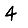
Digit: 4